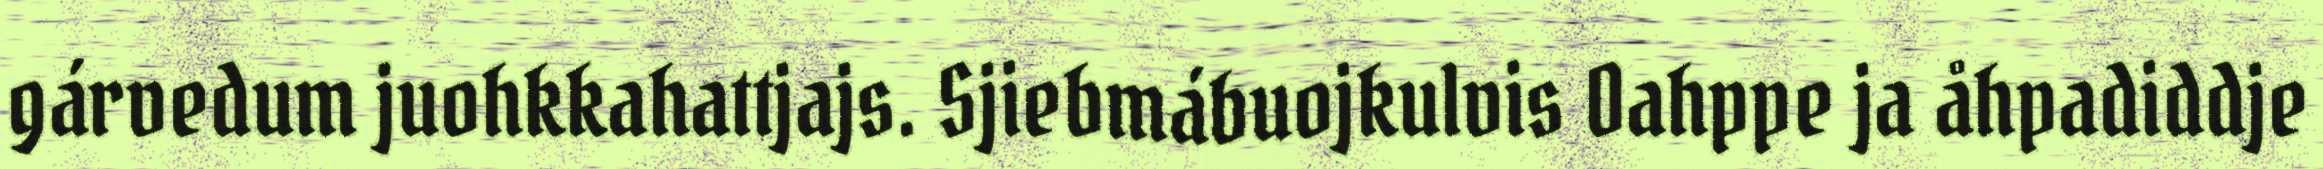
gárvedum juohkkahattjajs. Sjiebmábuojkulvis Oahppe ja åhpadiddje